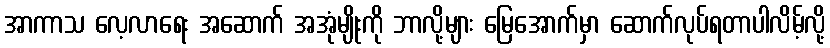
အာကာသ လေ့လာရေး အဆောက် အအုံမျိုးကို ဘာလို့များ မြေအောက်မှာ ဆောက်လုပ်ရတာပါလိမ့်လို့